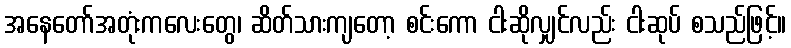
အနေတော်အတုံးကလေးတွေ၊ ဆိတ်သားကျတော့ စင်းကော ငါးဆိုလျှင်လည်း ငါးဆုပ် စသည်ဖြင့်။